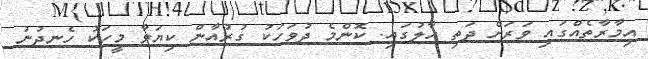
އިމާރާތެއްގައި ވަރަށް ދަތި ހާލުގައި. ކޮންމެ ދުވަހަކު ގުރުއާން ކިޔަވާ މީހަކު ހެނދުނު